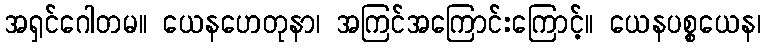
အရှင်ဂေါတမ။ ယေနဟေတုနာ၊ အကြင်အကြောင်းကြောင့်။ ယေနပစ္စယေန၊